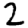
Digit: 2